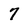
Character: 7